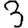
Digit: 3